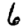
Digit: 6